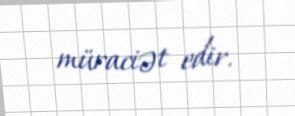
müraciət edir.